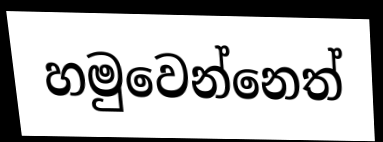
හමුවෙන්නෙත්